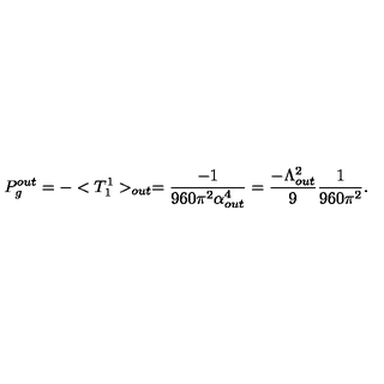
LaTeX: P _ { g } ^ { o u t } = - < T _ { 1 } ^ { 1 } > _ { o u t } = \frac { - 1 } { 9 6 0 \pi ^ { 2 } \alpha _ { o u t } ^ { 4 } } = \frac { - \Lambda _ { o u t } ^ { 2 } } { 9 } \frac { 1 } { 9 6 0 \pi ^ { 2 } } .